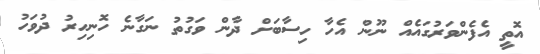
އޮތީ އެފެންވަރުގައެއް ނޫން އެހާ ހިސާބަށް ދާން ވަގުތު ނަގާނެ ހޮނިހިރު ދުވަހު